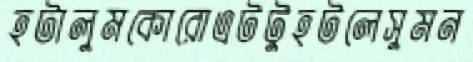
হটালুমকোরোএটটুহটলেসুমন